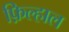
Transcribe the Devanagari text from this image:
फ़िल्हाल